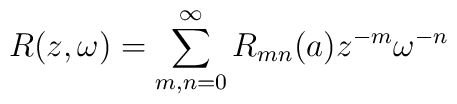
R(z,\omega) = \sum_{m,n=0}^{\infty} R_{mn}(a)z^{-m}\omega^{-n}